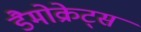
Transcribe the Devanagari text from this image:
डैमोक्रेट्स